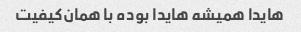
هایدا همیشه هایدا بوده با همان‌کیفیت